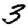
Digit: 3